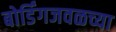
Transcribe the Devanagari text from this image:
बोर्डिंगजवळच्या